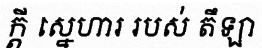
ក្តី ស្នេហារ របស់ តឹឡា